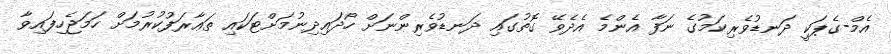
އެމް-ގެޕަކީ ދަނޑުވެރިކަމުގެ ނަފާ އެންމެ އެދެވޭ ގޮތުގައި ދަނޑުވެރިންނަށް ހޯދައިދިނުމަށްޓަކައި ތަޢާރަފުކުރުމަށް ހަމަޖެހިފައިވާ